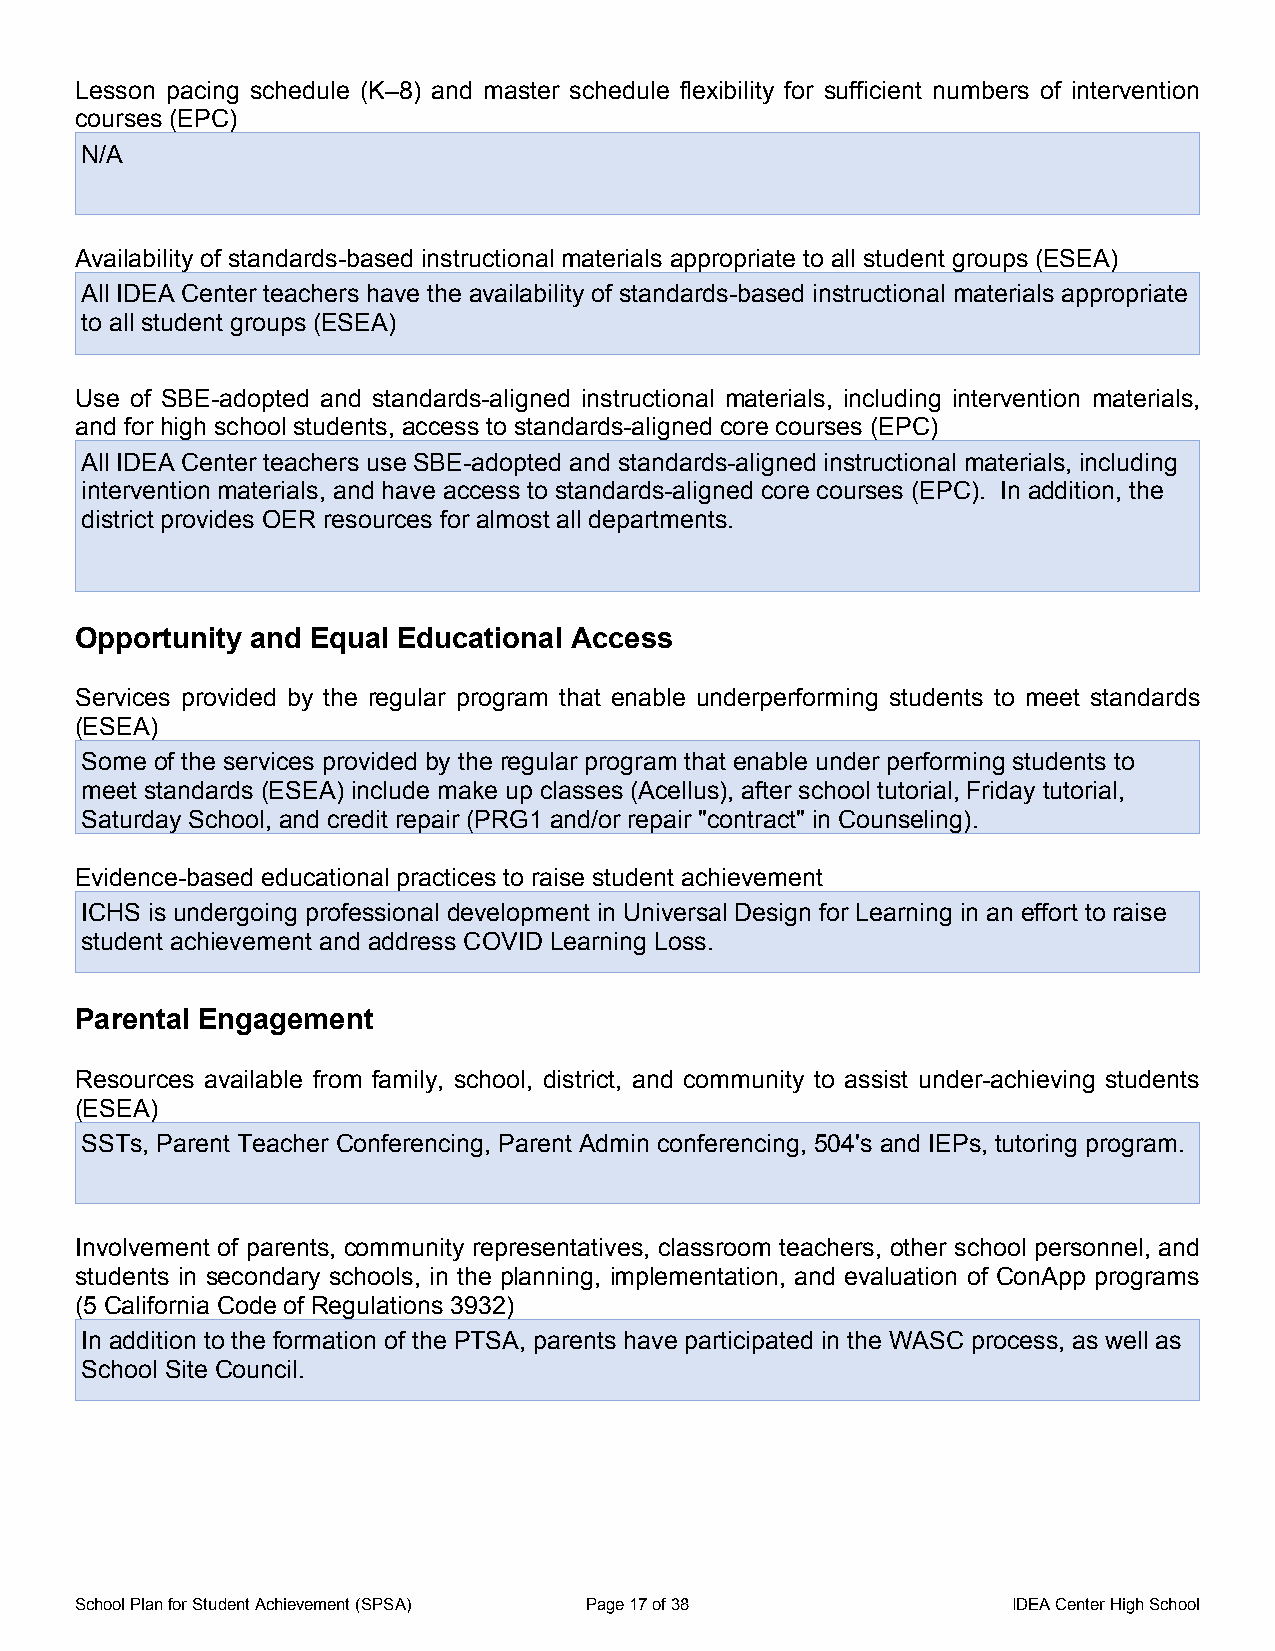
Lesson pacing schedule (K–8) and master schedule flexibility for sufficient numbers of intervention
 courses (EPC)
 N/A
 Availability of standards-based instructional materials appropriate to all student groups (ESEA)
 All IDEA Center teachers have the availability of standards-based instructional materials appropriate
 to all student groups (ESEA)
 Use of SBE-adopted and standards-aligned instructional materials, including intervention materials,
 and for high school students, access to standards-aligned core courses (EPC)
 All IDEA Center teachers use SBE-adopted and standards-aligned instructional materials, including
 intervention materials, and have access to standards-aligned core courses (EPC). In addition, the
 district provides OER resources for almost all departments.
 Opportunity and Equal Educational Access
 Services provided by the regular program that enable underperforming students to meet standards
 (ESEA)
 Some of the services provided by the regular program that enable under performing students to
 meet standards (ESEA) include make up classes (Acellus), after school tutorial, Friday tutorial,
 Saturday School, and credit repair (PRG1 and/or repair "contract" in Counseling).
 Evidence-based educational practices to raise student achievement
 ICHS is undergoing professional development in Universal Design for Learning in an effort to raise
 student achievement and address COVID Learning Loss.
 Parental Engagement
 Resources available from family, school, district, and community to assist under-achieving students
 (ESEA)
 SSTs, Parent Teacher Conferencing, Parent Admin conferencing, 504's and IEPs, tutoring program.
 Involvement of parents, community representatives, classroom teachers, other school personnel, and
 students in secondary schools, in the planning, implementation, and evaluation of ConApp programs
 (5 California Code of Regulations 3932)
 In addition to the formation of the PTSA, parents have participated in the WASC process, as well as
 School Site Council.
 School Plan for Student Achievement (SPSA) Page 17 of 38      IDEA Center High School